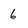
Character: 6